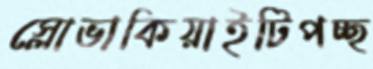
স্লোভাকিয়াইটিপচ্ছ